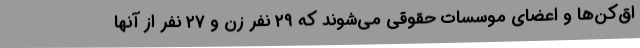
اق‌کن‌ها و اعضای موسسات حقوقی می‌شوند که ۲۹ نفر زن و ۲۷ نفر از آنها